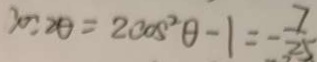
3 0 : 2 \theta = 2 \cos ^ { 2 } \theta - 1 = - \frac { 7 } { 2 5 }